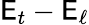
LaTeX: \mathsf{E}_{t}-\mathsf{E}_{\ell}